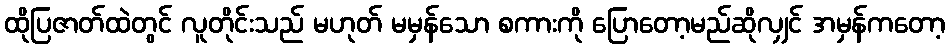
ထိုပြဇာတ်ထဲတွင် လူတိုင်းသည် မဟုတ် မမှန်သော စကားကို ပြောတော့မည်ဆိုလျှင် အမှန်ကတော့